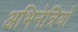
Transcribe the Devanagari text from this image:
अभिनेत्रियो